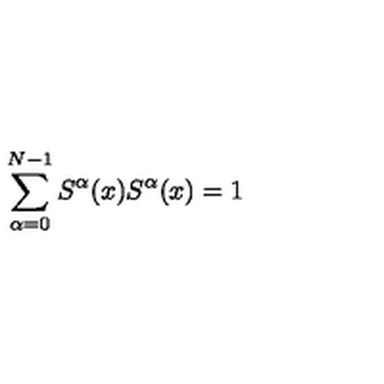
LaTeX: \sum _ { \alpha = 0 } ^ { N - 1 } S ^ { \alpha } ( x ) S ^ { \alpha } ( x ) = 1